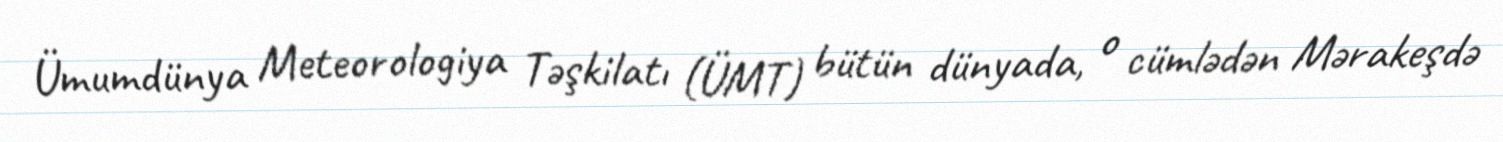
Ümumdünya Meteorologiya Təşkilatı (ÜMT) bütün dünyada, o cümlədən Mərakeşdə